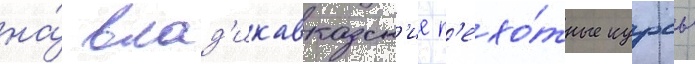
на́ влад'икавказск'ие п'ехо́тные курсы